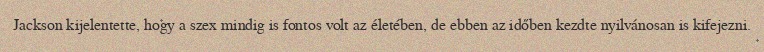
Jackson kijelentette, hogy a szex mindig is fontos volt az életében, de ebben az időben kezdte nyilvánosan is kifejezni.